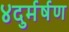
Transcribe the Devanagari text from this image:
४दुर्मर्षण